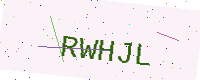
Text: RWHJL